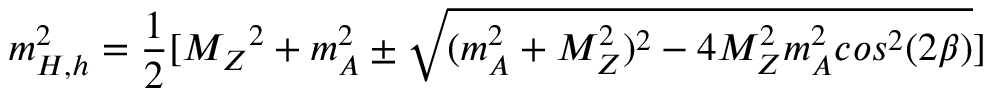
m _ { H , h } ^ { 2 } = { \frac { 1 } { 2 } } [ { M _ { Z } } ^ { 2 } + m _ { A } ^ { 2 } \pm \sqrt { ( m _ { A } ^ { 2 } + M _ { Z } ^ { 2 } ) ^ { 2 } - 4 M _ { Z } ^ { 2 } m _ { A } ^ { 2 } c o s ^ { 2 } ( 2 \beta ) } ] \nonumber \,